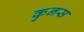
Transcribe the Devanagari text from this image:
कुनस